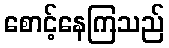
စောင့်နေကြသည်